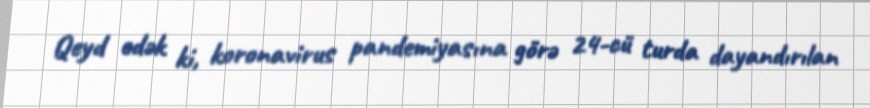
Qeyd edək ki, koronavirus pandemiyasına görə 24-cü turda dayandırılan